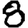
Digit: 8